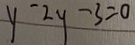
y - 2 y - 3 = 0